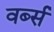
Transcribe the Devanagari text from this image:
वर्ब्स